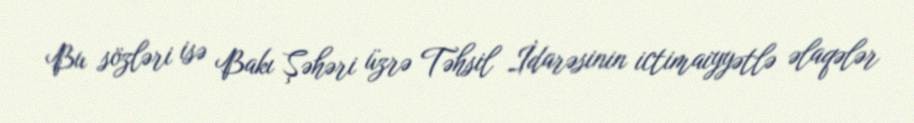
Bu sözləri isə Bakı Şəhəri üzrə Təhsil İdarəsinin ictimaiyyətlə əlaqələr